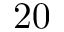
2 0